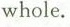
whole.